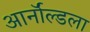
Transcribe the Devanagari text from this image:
आर्नॉल्डला